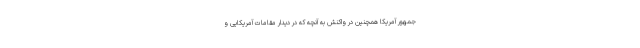
جمهور آمریکا همچنین در واکنش به آنچه که در دیدار مقامات آمریکایی و